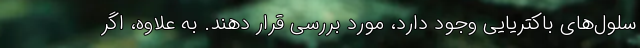
سلول‌های باکتریایی وجود دارد، مورد بررسی قرار دهند. به علاوه، اگر